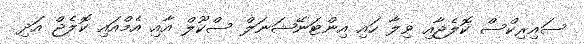
ސައިރިކްސް ކޮލެޖާއި ވިލާ ހައި އިންޓަނޭޝަނަލް ސްކޫލް އާއި އެމްއައި ކޮލެޖް އަދި